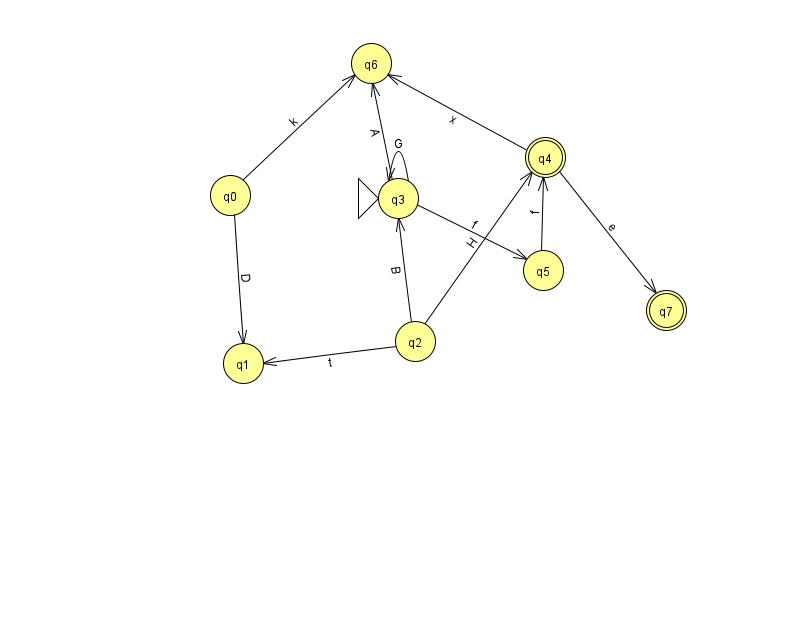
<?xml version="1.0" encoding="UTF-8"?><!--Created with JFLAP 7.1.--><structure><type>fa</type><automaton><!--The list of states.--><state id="0" name="q0"><x>230.0</x><y>182.0</y></state><state id="1" name="q1"><x>243.0</x><y>350.0</y></state><state id="2" name="q2"><x>415.0</x><y>328.0</y></state><state id="3" name="q3"><x>398.0</x><y>185.0</y><initial/></state><state id="4" name="q4"><x>545.0</x><y>144.0</y><final/></state><state id="5" name="q5"><x>543.0</x><y>257.0</y></state><state id="6" name="q6"><x>371.0</x><y>50.0</y></state><state id="7" name="q7"><x>666.0</x><y>297.0</y><final/></state><!--The list of transitions.--><transition><from>4</from><to>7</to><read>e</read></transition><transition><from>5</from><to>4</to><read>f</read></transition><transition><from>3</from><to>3</to><read>G</read></transition><transition><from>0</from><to>1</to><read>D</read></transition><transition><from>0</from><to>6</to><read>k</read></transition><transition><from>2</from><to>1</to><read>t</read></transition><transition><from>2</from><to>3</to><read>B</read></transition><transition><from>3</from><to>5</to><read>f</read></transition><transition><from>3</from><to>6</to><read>A</read></transition><transition><from>4</from><to>6</to><read>x</read></transition><transition><from>2</from><to>4</to><read>H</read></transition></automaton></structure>